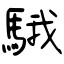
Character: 騀